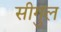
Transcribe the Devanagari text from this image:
सीगुल